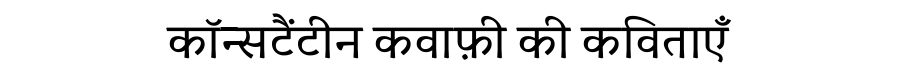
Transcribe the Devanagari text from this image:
कॉन्सटैंटीन कवाफ़ी की कविताएँ